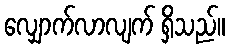
လျှောက်လာလျက် ရှိသည်။